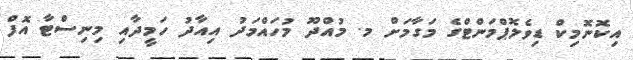
އިކޮނޮމިކް ޑިވެލޮޕްމަންޓްގެ މަގާމަށް މ. މުއްދޫ މުހައްމަދު އިއާދު ހަމީދާއި މިނިސްޓާ އޮފް